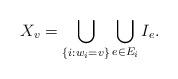
LaTeX: \begin{align*}X_{v} = \bigcup_{\{i: w_i=v\}} \bigcup_{e \in E_i} I_e. \end{align*}